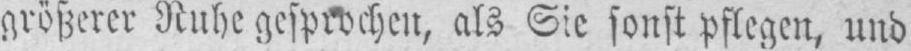
größerer Ruhe gesprochen, als Sie sonst pflegen, und